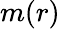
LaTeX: m(r)